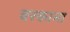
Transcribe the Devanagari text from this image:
वरकाना